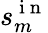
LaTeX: s_{m}^{\mathrm{~i~n~}}